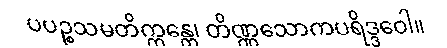
ပပဉ္စသမတိက္ကန္တေ၊ တိဏ္ဏသောကပရိဒ္ဒဝေါ။